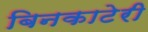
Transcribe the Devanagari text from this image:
बिनकाटेरी